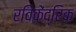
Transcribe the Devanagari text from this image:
रविकेंद्रिक